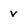
Character: v